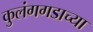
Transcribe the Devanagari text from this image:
कुलंगगडाच्या